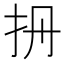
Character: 𢪡